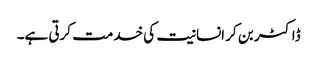
ڈاکٹر بن کر انسانیت کی خدمت کرتی ہے۔